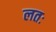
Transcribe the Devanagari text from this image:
लतः